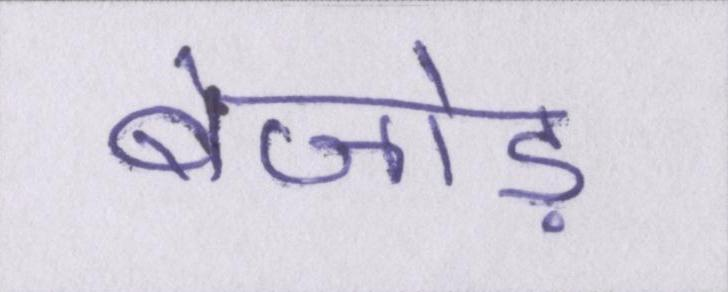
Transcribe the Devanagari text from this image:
बेजोड़